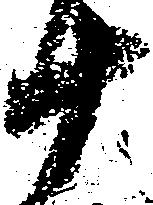
十